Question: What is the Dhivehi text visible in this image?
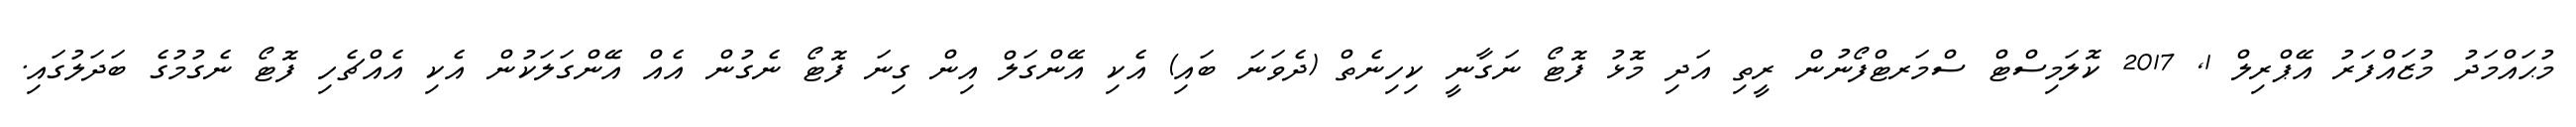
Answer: މުޙައްމަދު މުޒައްފަރު އޭޕްރިލް 1, 2017 ކޮލަމިސްޓް ސްމަރޓްފޯނުން ރީތި އަދި މޮޅު ފޮޓޯ ނަގާނީ ކިހިނެތް (ދެވަނަ ބައި) އެކި އޭންގަލް އިން ގިނަ ފޮޓޯ ނެގުން އެއް އޭންގަލަކުން އެކި އެއްޗެހި ފޮޓޯ ނެގުމުގެ ބަދަލުގައި.